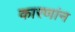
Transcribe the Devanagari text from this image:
कारणांन